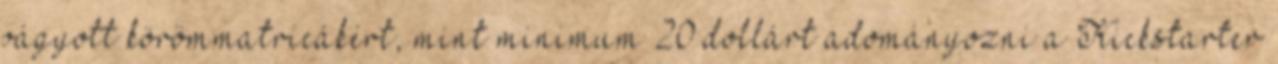
vágyott körömmatricákért, mint minimum 20 dollárt adományozni a Kickstarter